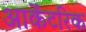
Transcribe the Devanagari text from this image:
आर्केंटरिक